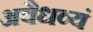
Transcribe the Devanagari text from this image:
अवैधव्यं